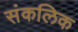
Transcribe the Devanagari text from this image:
संकलिक